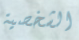
الشخصية